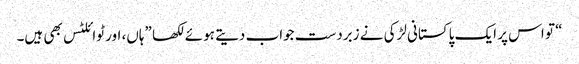
“ تو اس پر ایک پاکستانی لڑکی نے زبردست جواب دیتے ہوئے لکھا ”ہاں، اور ٹوائلٹس بھی ہیں۔